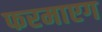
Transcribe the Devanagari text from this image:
फरमाएग